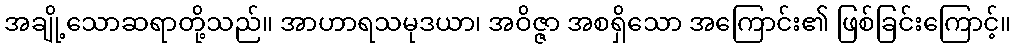
အချို့သောဆရာတို့သည်။ အာဟာရသမုဒယာ၊ အဝိဇ္ဇာ အစရှိသော အကြောင်း၏ ဖြစ်ခြင်းကြောင့်။